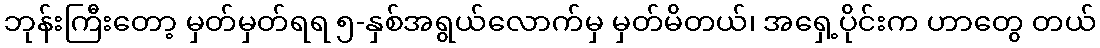
ဘုန်းကြီးတော့ မှတ်မှတ်ရရ ၅-နှစ်အရွယ်လောက်မှ မှတ်မိတယ်၊ အရှေ့ပိုင်းက ဟာတွေ တယ်